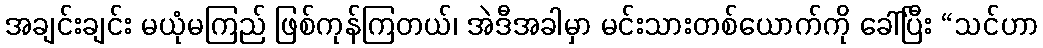
အချင်းချင်း မယုံမကြည် ဖြစ်ကုန်ကြတယ်၊ အဲဒီအခါမှာ မင်းသားတစ်ယောက်ကို ခေါ်ပြီး “သင်ဟာ